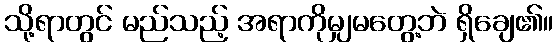
သို့ရာတွင် မည်သည့် အရာကိုမျှမတွေ့ဘဲ ရှိချေ၏။